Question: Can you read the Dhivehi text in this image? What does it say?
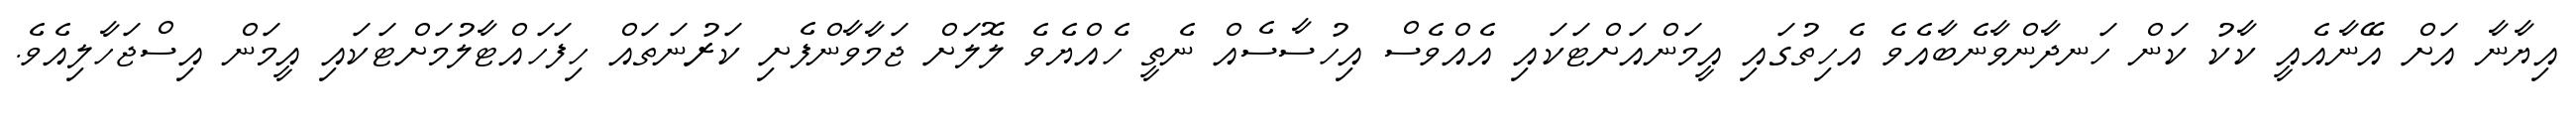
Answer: އިޔާނާ އަށް އޭނާއެއީ ކާކު ކަން ހަނދާންވާނެބާއެވެ އެހިތުގައި އީމަންއަށްޓަކައި އެއްވެސް އިހުސާސެއް ނެތީ ހެއްޔެވެ ލޮލަށް ޖަމާވާންފެށި ކަރުނަތައް ހިފަހައްޓާލުމަށްޓަކައި އީމަން އިސްޖަހާލިއެވެ.